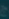
Transcribe